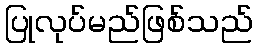
ပြုလုပ်မည်ဖြစ်သည်